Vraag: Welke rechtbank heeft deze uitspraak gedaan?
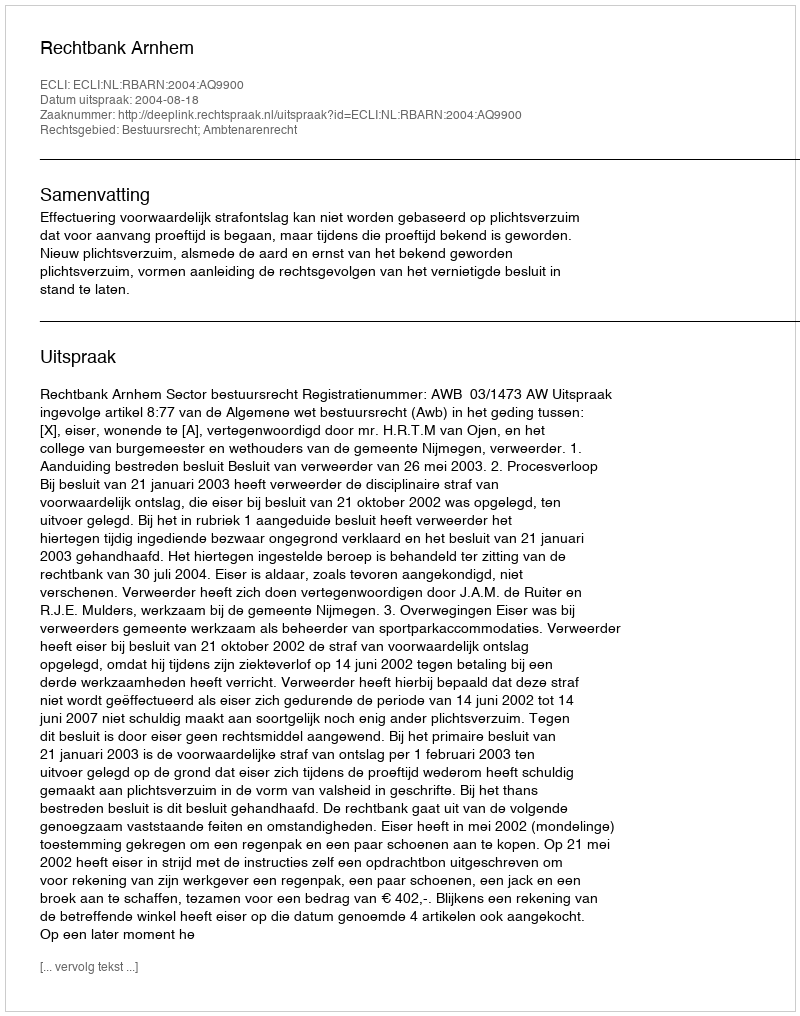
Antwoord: Rechtbank Arnhem